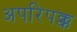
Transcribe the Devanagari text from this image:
अपरिपक्क